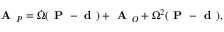
{ \textbf { A } } _ { P } = { \dot { \Omega } } ( { \textbf { P } } - { \textbf { d } } ) + { \textbf { A } } _ { O } + \Omega ^ { 2 } ( { \textbf { P } } - { \textbf { d } } ) ,